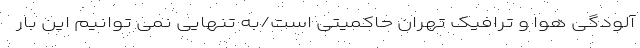
آلودگی هوا و ترافیک تهران حاکمیتی است/به تنهایی نمی توانیم این بار